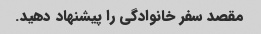
مقصد سفر خانوادگی را پیشنهاد دهید.